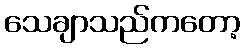
သေချာသည်ကတော့